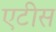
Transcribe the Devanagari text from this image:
एटीस